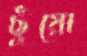
ছুঁয়ো